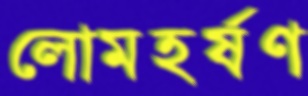
লোমহর্ষণ